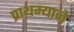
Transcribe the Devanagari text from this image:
प्राथम्याने